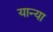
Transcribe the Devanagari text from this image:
यान्या